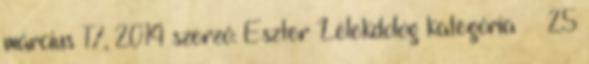
március 17, 2014 szerző: Eszter Lélekdolog kategória 25